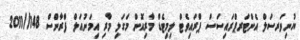
ޔުނިވަރސަލް އެންޓަރޕްރައިސަސް ޕްރައިވެޓް ލިމިޓެޑް މާރިއޮން މަގަލި މާރި އިމަނުއަލް ފްރާންސް 148//2011